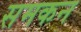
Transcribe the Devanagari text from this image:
समकन